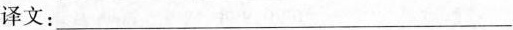
译文：_____